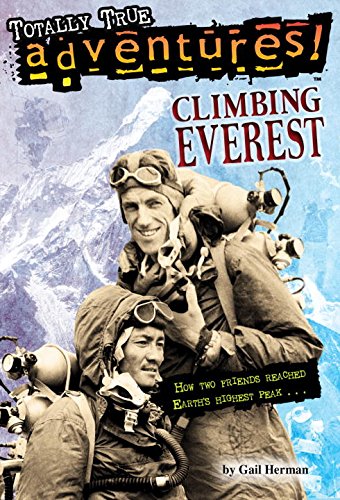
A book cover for Climbing Everest (Totally True Adventures) (A Stepping Stone Book(TM)); Gail Herman; Children's Books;